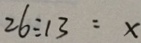
2 6 \div 1 3 = x